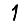
Digit: 1